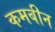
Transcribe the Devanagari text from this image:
कमबीन